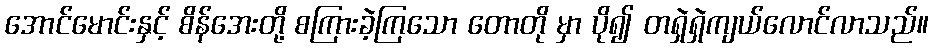
အောင်မောင်းနှင့် စိန်အေးတို့ စကြားခဲ့ကြသော တောတို မှာ ပို၍ တရှဲရှဲကျယ်လောင်လာသည်။